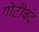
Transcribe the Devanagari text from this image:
गोटीबंद